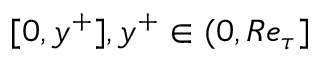
[ 0 , y ^ { + } ] , y ^ { + } \in ( 0 , R e _ { \tau } ]